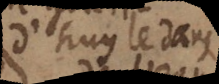
d’huyle dans